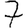
Digit: 7